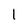
Character: 1